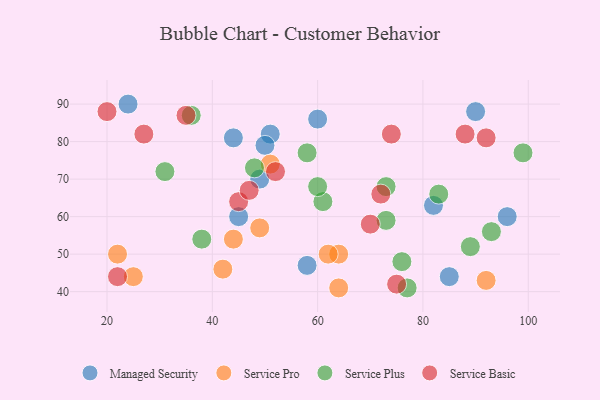
{"axis": {"x": "GDP", "y": "Life Expectancy"}, "legend": ["Managed Security", "Service Basic", "Service Plus", "Service Pro"], "data": [{"x": "85", "y": 44, "type": "Managed Security"}, {"x": "96", "y": 60, "type": "Managed Security"}, {"x": "90", "y": 88, "type": "Managed Security"}, {"x": "60", "y": 86, "type": "Managed Security"}, {"x": "24", "y": 90, "type": "Managed Security"}, {"x": "82", "y": 63, "type": "Managed Security"}, {"x": "51", "y": 82, "type": "Managed Security"}, {"x": "50", "y": 79, "type": "Managed Security"}, {"x": "49", "y": 70, "type": "Managed Security"}, {"x": "58", "y": 47, "type": "Managed Security"}, {"x": "45", "y": 60, "type": "Managed Security"}, {"x": "44", "y": 81, "type": "Managed Security"}, {"x": "64", "y": 50, "type": "Service Pro"}, {"x": "64", "y": 41, "type": "Service Pro"}, {"x": "42", "y": 46, "type": "Service Pro"}, {"x": "51", "y": 74, "type": "Service Pro"}, {"x": "49", "y": 57, "type": "Service Pro"}, {"x": "22", "y": 50, "type": "Service Pro"}, {"x": "62", "y": 50, "type": "Service Pro"}, {"x": "92", "y": 43, "type": "Service Pro"}, {"x": "44", "y": 54, "type": "Service Pro"}, {"x": "25", "y": 44, "type": "Service Pro"}, {"x": "61", "y": 64, "type": "Service Plus"}, {"x": "48", "y": 73, "type": "Service Plus"}, {"x": "36", "y": 87, "type": "Service Plus"}, {"x": "83", "y": 66, "type": "Service Plus"}, {"x": "73", "y": 59, "type": "Service Plus"}, {"x": "31", "y": 72, "type": "Service Plus"}, {"x": "77", "y": 41, "type": "Service Plus"}, {"x": "58", "y": 77, "type": "Service Plus"}, {"x": "93", "y": 56, "type": "Service Plus"}, {"x": "99", "y": 77, "type": "Service Plus"}, {"x": "38", "y": 54, "type": "Service Plus"}, {"x": "76", "y": 48, "type": "Service Plus"}, {"x": "89", "y": 52, "type": "Service Plus"}, {"x": "73", "y": 68, "type": "Service Plus"}, {"x": "60", "y": 68, "type": "Service Plus"}, {"x": "75", "y": 42, "type": "Service Basic"}, {"x": "20", "y": 88, "type": "Service Basic"}, {"x": "22", "y": 44, "type": "Service Basic"}, {"x": "74", "y": 82, "type": "Service Basic"}, {"x": "88", "y": 82, "type": "Service Basic"}, {"x": "72", "y": 66, "type": "Service Basic"}, {"x": "35", "y": 87, "type": "Service Basic"}, {"x": "70", "y": 58, "type": "Service Basic"}, {"x": "92", "y": 81, "type": "Service Basic"}, {"x": "52", "y": 72, "type": "Service Basic"}, {"x": "27", "y": 82, "type": "Service Basic"}, {"x": "45", "y": 64, "type": "Service Basic"}, {"x": "47", "y": 67, "type": "Service Basic"}]}